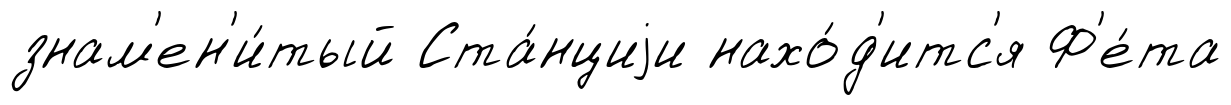
знам'ен'и́тый Ста́нциjи нахо́д'итс'я Ф'е́та